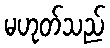
မဟုတ်သည်